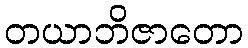
တယာဘိဇာတော